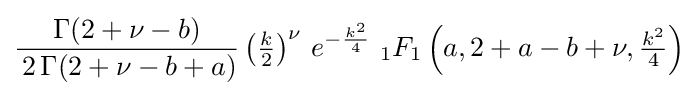
{\frac {\Gamma (2+\nu -b)}{\,2\,\Gamma (2+\nu -b+a)}}\left({\tfrac {k}{2}}\right)^{\nu }\,e^{-{\frac {k^{2}}{4}}\,}\,_{1}F_{1}\left(a,2+a-b+\nu ,{\tfrac {k^{2}}{4}}\right)